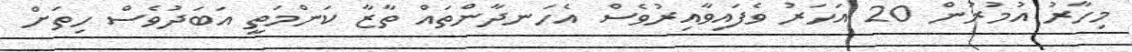
މިހާރު އުމުރުން 20 އަހަރު ވެފައިވާއިރުވެސް އެހަނދާންތައް ތާޒާ ކަންމަތީ އަބަދުވެސް ހިތަށް